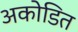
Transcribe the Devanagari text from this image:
अकोडित